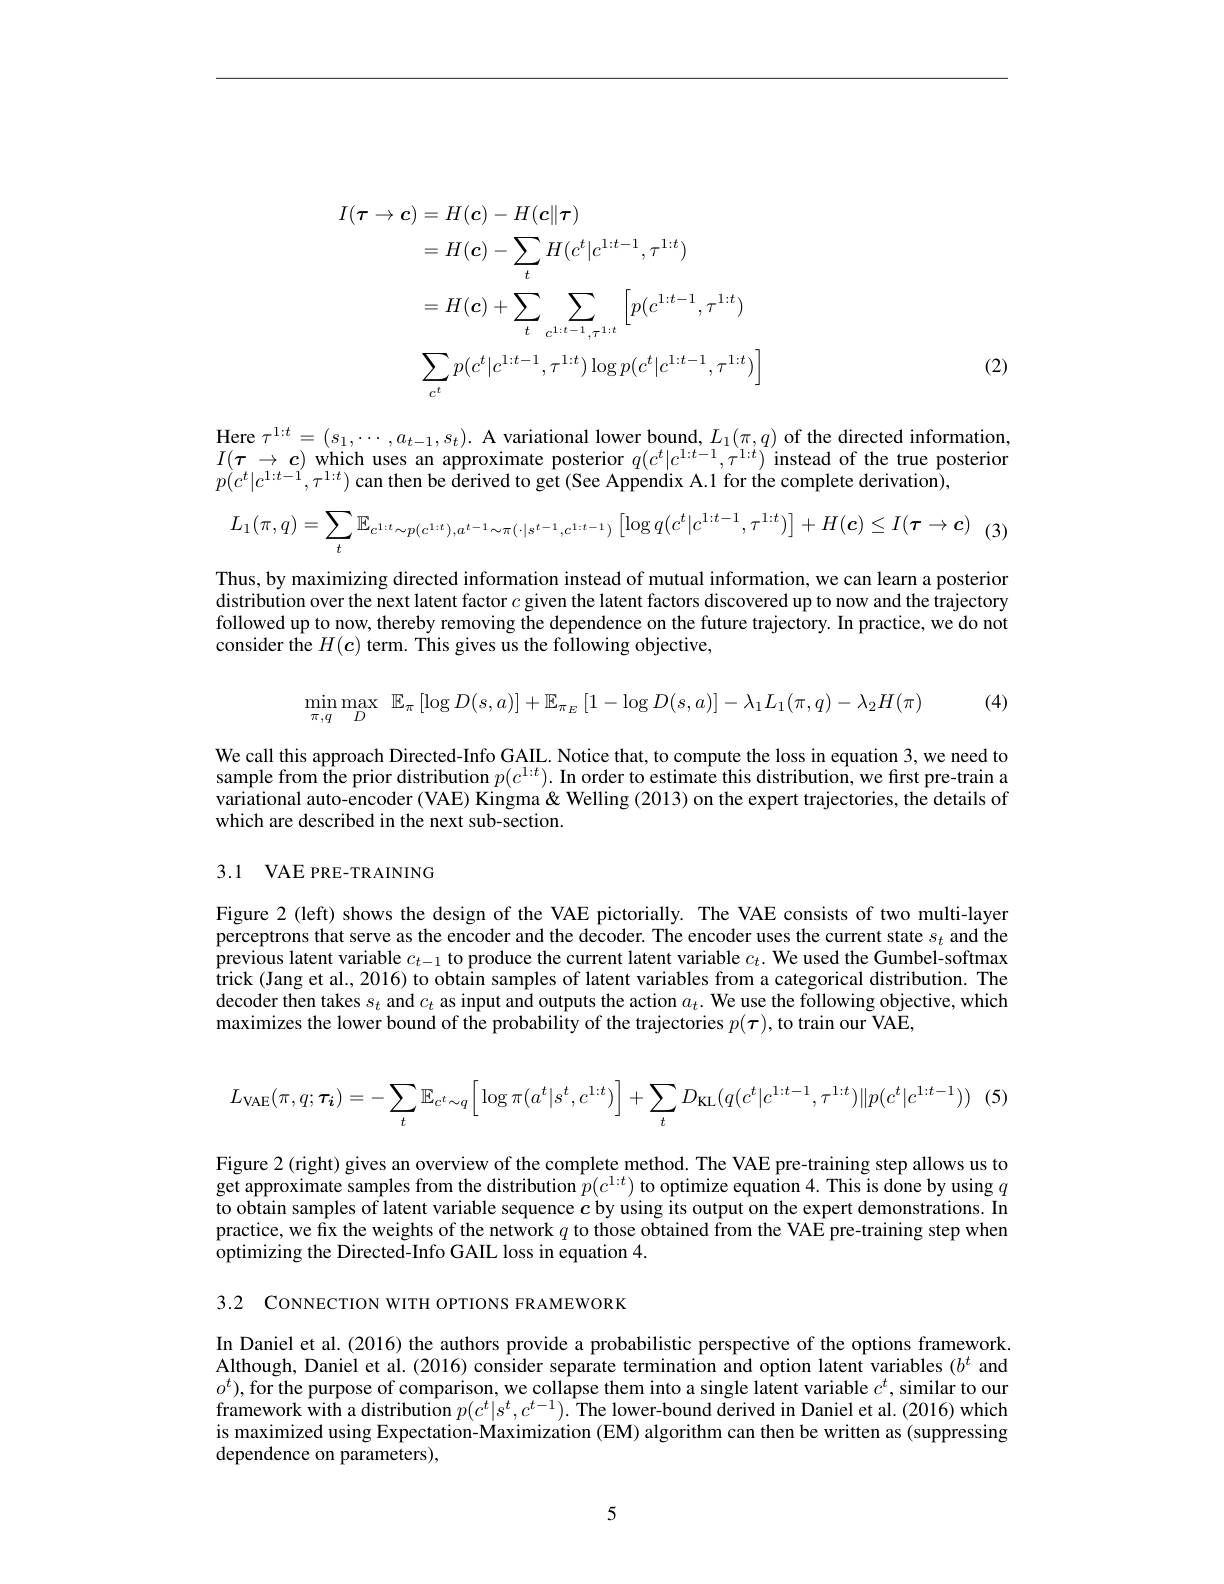
$$\begin{aligned}I(\boldsymbol{\tau}\to\boldsymbol{c})&=H(\boldsymbol{c})-H(\boldsymbol{c}\|\boldsymbol{\tau})\\&=H(\boldsymbol{c})-\sum_tH(c^t|c^{1:t-1},\tau^{1:t})\\&=H(\boldsymbol{c})+\sum_t\sum_{c^{1:t-1},\tau^{1:t}}\left[p(c^{1:t-1},\tau^{1:t})\right]\\&\sum_{c^t}p(c^t|c^{1:t-1},\tau^{1:t})\log p(c^t|c^{1:t-1},\tau^{1:t})\Big]\end{aligned}$$
(2)

$\begin{array}{l}\text{Here }\tau^{1:t}=(s_{1},\cdots,a_{t-1},s_{t}).\text{ A variational lower bound, }L_{1}(\pi,q)\text{ of the directed information,}\\I(\boldsymbol{\tau}\to\boldsymbol{c})\text{ which uses an approximate posterior }q(c^{t}|c^{1:t-1},\tau^{1:t})\text{ instead of the true posterior}\\p(c^{t}|c^{1:t-1},\tau^{1:t})\:\end{array}$
$$L_{1}(\pi,q)=\sum_{t}\mathbb{E}_{c^{1:t}\sim p(c^{1:t}),a^{t-1}\sim\pi(\cdot|s^{t-1},c^{1:t-1})}\left[\log q(c^{t}|c^{1:t-1},\tau^{1:t})\right]+H(c)\leq I(\tau\to c)\:(3$$
Thus, by maximizing directed information instead of mutual information, we can learn a posterior distribution over the next latent factor $c$ given the latent factors discovered up to now and the trajectory followed up to now, thereby removing the dependence on the future trajectory. In practice, we do not consider the $H(\boldsymbol{c})$ term. This gives us the following objective,

(4)
$$\begin{array}{ll}\min\limits_{\pi,q}\max\limits_{D}&\mathbb{E}_{\pi}\left[\log D(s,a)\right]+\mathbb{E}_{\pi_{E}}\left[1-\log D(s,a)\right]-\lambda_{1}L_{1}(\pi,q)-\lambda_{2}H(\pi)\end{array}$$
We call this approach Directed-Info GAIL. Notice that, to compute the loss in equation 3, we need to sample from the prior distribution $p( c^{1: t}) . \textbf{ In order to estimate this distribution, we first pre- train a}$ variational auto-encoder (VAE) Kingma& Welling (2013) on the expert trajectories, the details of which are described in the next sub-section.

## 3.1 VAE PRE-TRAINING

Figure 2 (left) shows the design of the VAE pictorially. The VAE consists of two multi-layer perceptrons that serve as the encoder and the decoder. The encoder uses the current state $s_t$ and the previous latent variable $c_t-1$ to produce the current latent variable $c_t.$ We used the Gumbel-softmax trick (Jang et al., 2016) to obtain samples of latent variables from a categorical distribution. The decoder then takes $s_t$ and $c_t$ as input and outputs the action $a_t.$ We use the following objective, which maximizes the lower bound of the probability of the trajectories $p(\boldsymbol{\tau})$, to train our VAE,
$$L_{\mathrm{VAE}}(\pi,q;\tau_{\boldsymbol{i}})=-\sum_{t}\mathbb{E}_{c^{t}\sim q}\Big[\log\pi(a^{t}|s^{t},c^{1:t})\Big]+\sum_{t}D_{\mathrm{KL}}(q(c^{t}|c^{1:t-1},\tau^{1:t})\|p(c^{t}|c^{1:t-1}))\:(5$$
Figure 2 (right) gives an overview of the complete method. The VAE pre-training step allows us to get approximate samples from the distribution $\hat{p}(c^{1:t})$ to optimize equation 4. This is done by using $q$ to obtain samples of latent variable sequence $c$ by using its output on the expert demonstrations. In practice, we fix the weights of the network $q$ to those obtained from the VAE pre-training step when optimizing the Directed-Info GAIL loss in equation 4.

3.2 CONNECTION WITH OPTIONS FRAMEWORK

In Daniel et al. (2016) the authors provide a probabilistic perspective of the options framework. Although, Daniel et al. (2016) consider separate termination and option latent variables ($b^t$ and $o^t)$,for the purpose of comparison, we collapse them into a single latent variable $c^t$, similar to our framework with a distribution $p(c^t|s^t,c^{t-1}).$ The lower-bound derived in Daniel et al. (2016) which is maximized using Expectation-Maximization (EM) algorithm can then be written as (suppressing dependence on parameters),

5